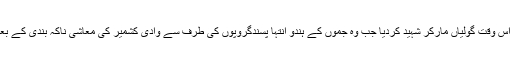
یاد رہے کہ شیخ عبدالعزیز کو11اگست 2008کو بھارتی فوجیوں نے اس وقت گولیاں مارکر شہید کردیا جب وہ جموں کے ہندو انتہا پسندگروپوں کی طرف سے وادی کشمیر کی معاشی ناکہ بندی کے بعدکنٹرول لائن کی طرف ایک بہت بڑے مارچ کی قیادت کررہے تھے۔